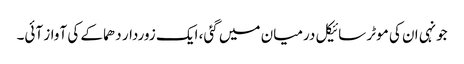
جونہی ان کی موٹر سائیکل درمیان میں گئی، ایک زوردار دھماکے کی آواز آئی۔